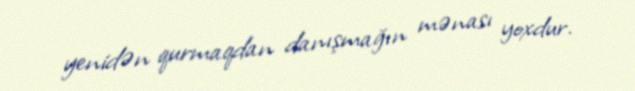
yenidən qurmaqdan danışmağın mənası yoxdur.